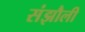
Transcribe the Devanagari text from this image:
संझौली